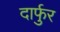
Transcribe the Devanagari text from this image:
दार्फुर